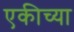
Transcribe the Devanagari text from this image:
एकीच्या